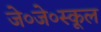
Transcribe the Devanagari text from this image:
जे०जे०स्कूल